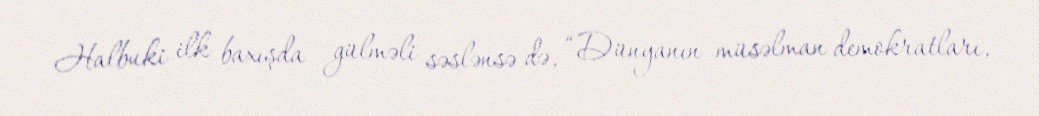
Halbuki ilk baxışda gülməli səslənsə də, “Dünyanın müsəlman demokratları,